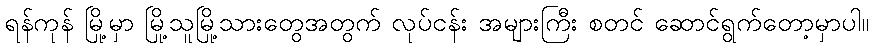
ရန်ကုန် မြို့မှာ မြို့သူမြို့သားတွေအတွက် လုပ်ငန်း အများကြီး စတင် ဆောင်ရွက်တော့မှာပါ။